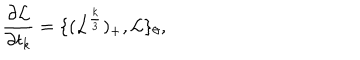
\frac { \partial { \mathcal L } } { \partial t _ { k } } = \{ ( { \mathcal L } ^ { \frac { k } { 3 } } ) _ { + } , { \mathcal L } \} _ { \theta } ,